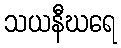
သယနီဃရေ